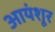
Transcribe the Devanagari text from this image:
आयंशूर